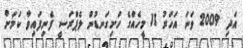
އަދި 2009 ވަނަ އަހަރު 11 މީހެއްގެ ހަށިގަނޑުން ލެޕްރަސީ ފެނިފައިވާ ކަމަށް